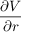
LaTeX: \frac { \partial V } { \partial r }